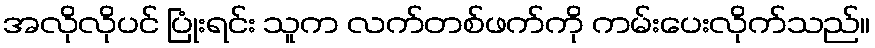
အလိုလိုပင် ပြုံးရင်း သူက လက်တစ်ဖက်ကို ကမ်းပေးလိုက်သည်။